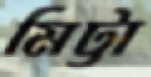
মিট্টা